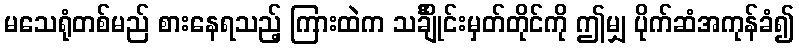
မသေရုံတစ်မည် စားနေရသည့် ကြားထဲက သင်္ချိုင်းမှတ်တိုင်ကို ဤမျှ ပိုက်ဆံအကုန်ခံ၍